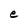
Character: e